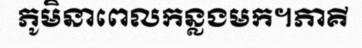
ភូមិនាពេលកន្លងមក។ភាគី